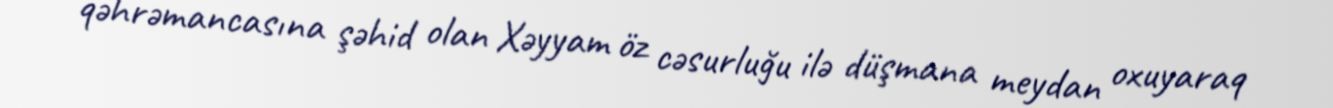
qəhrəmancasına şəhid olan Xəyyam öz cəsurluğu ilə düşmana meydan oxuyaraq